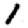
Digit: 1